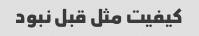
کیفیت مثل قبل نبود